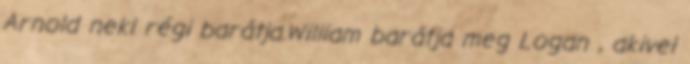
Arnold neki régi barátja.William barátja meg Logan , akivel